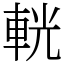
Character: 輄